Report on the Civil Veterinary Department, Eastern Bengal and Assam - 1907-1911
Year: 1907
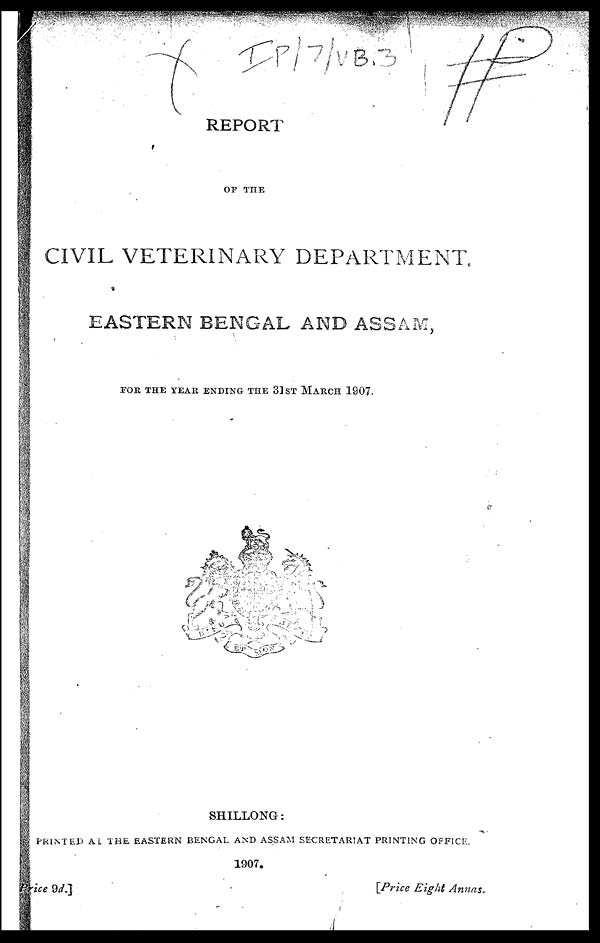
REPORT
OF THE
CIVIL VETERINARY DEPARTMENT,
EASTERN BENGAL AND ASSAM,
FOR THE YEAR ENDING THE 31 ST MARCH 1907.
SHILLONG:
PRINTED At THE EASTERN BENGAL AND ASSAM SECRETARIAT PRINTING OFFICE.
1907.
Price 9d.]
[Price Eight Annas.